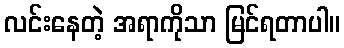
လင်းနေတဲ့ အရာကိုသာ မြင်ရတာပါ။